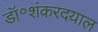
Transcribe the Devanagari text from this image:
डॉ॰शंकरदयाल